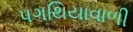
પગથિયાવાળી